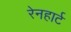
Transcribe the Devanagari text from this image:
रेनहार्ट